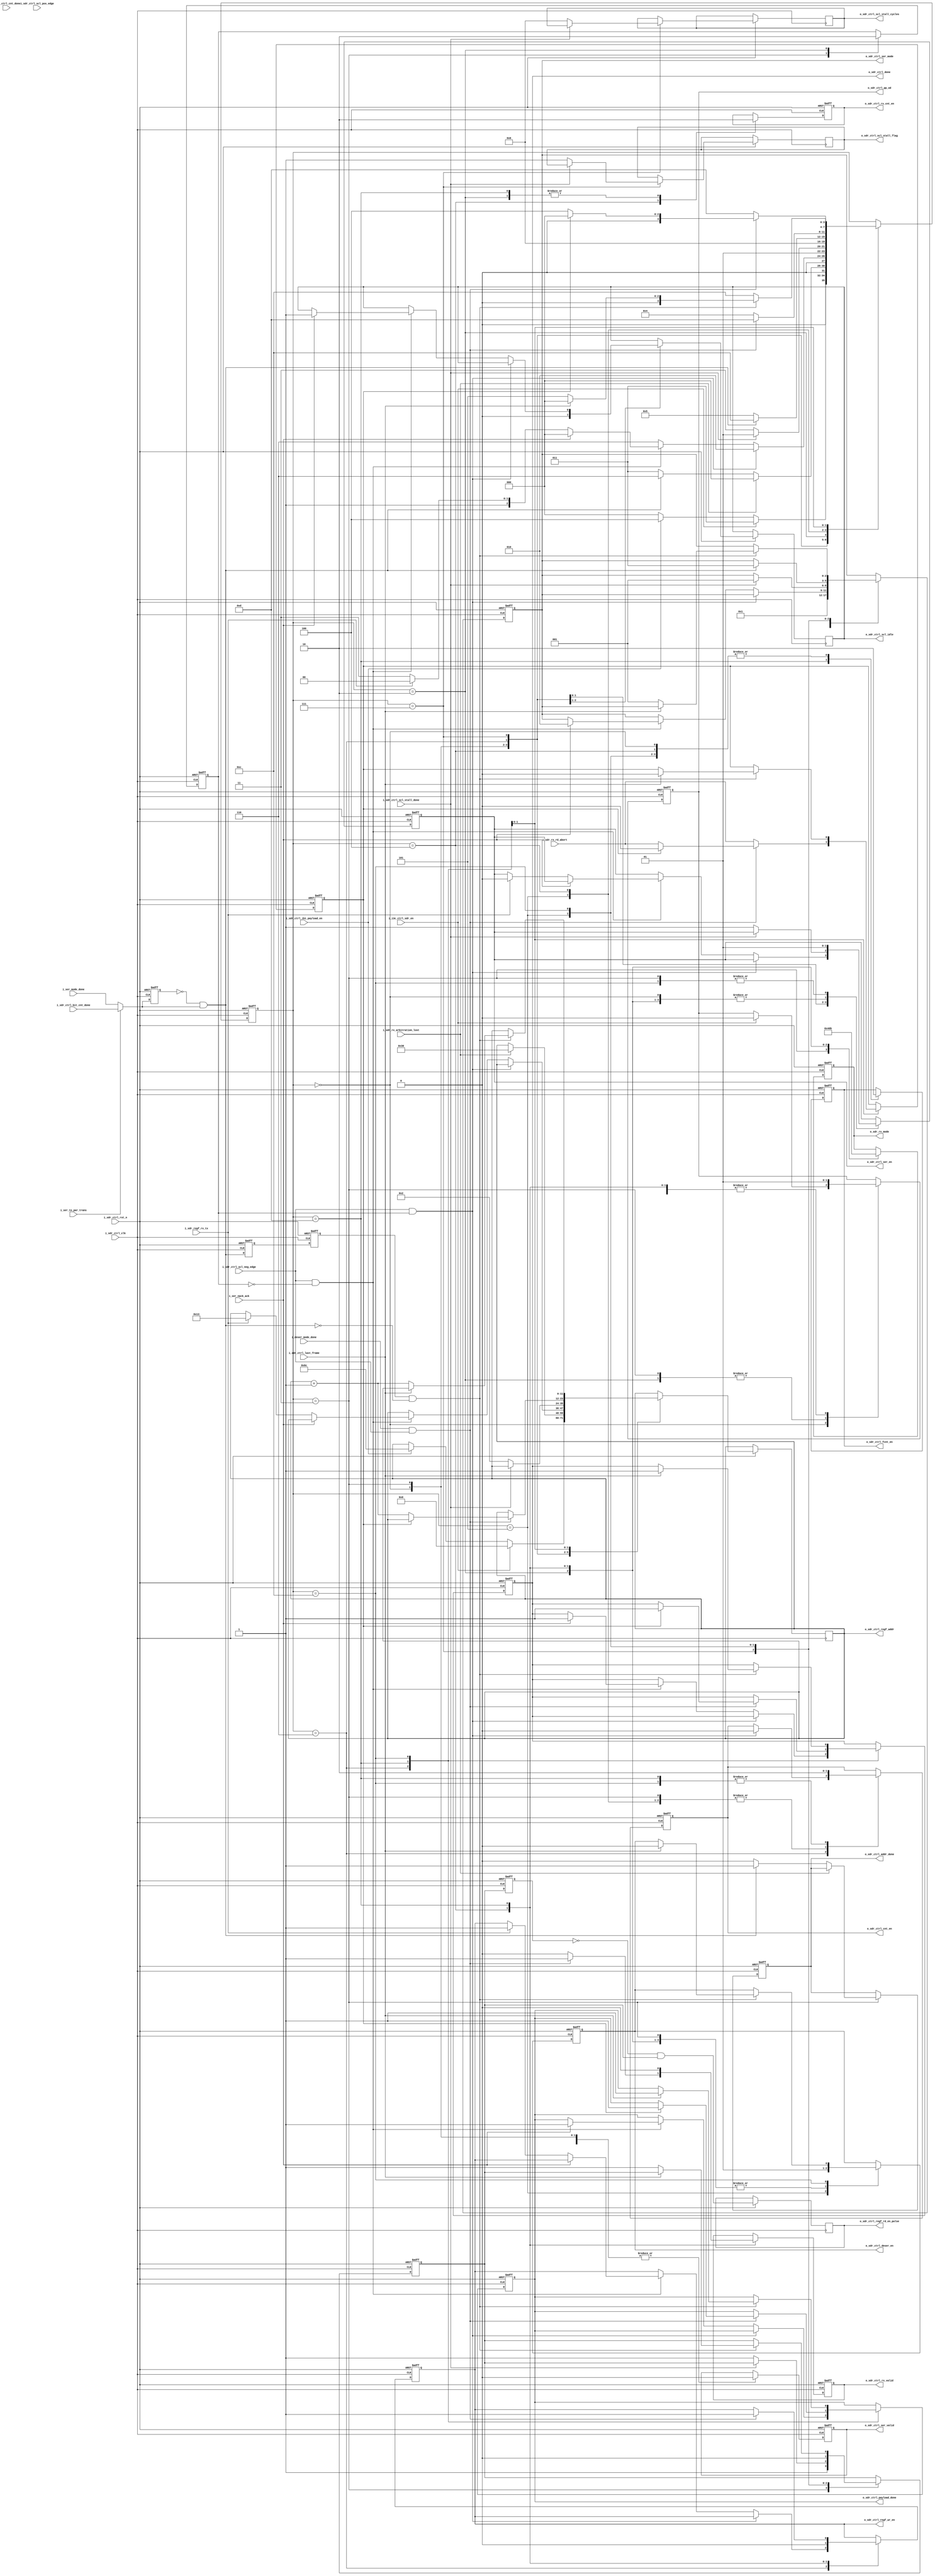
//////////////////////////////////////////////////////////////////////////////////
//==================================================================================
// MIXEL GP 2023 LIBRARY
// Copyright (c) 2023 Mixel, Inc.  All Rights Reserved.
// CONFIDENTIAL AND PROPRIETARY SOFTWARE/DATA OF MIXEL and ASU 2023 GP, INC.
//
// Revision: Yaseen Salah , Nour Eldeen Samir 
//
// Version : 1.0
// 
// Design Name:  sdr_controller
// Module Name:  sdr_controller 
//
//==================================================================================
//
//  STATEMENT OF USE
//
//  This information contains confidential and proprietary information of MIXEL.
//  No part of this information may be reproduced, transmitted, transcribed,
//  stored in a retrieval system, or translated into any human or computer
//  language, in any form or by any means, electronic, mechanical, magnetic,
//  optical, chemical, manual, or otherwise, without the prior written permission
//  of MIXEL.  This information was prepared for Garduation Project purpose and is for
//  use by MIXEL Engineers only.  MIXEL and ASU 2023 GP reserves the right 
//  to make changes in the information at any time and without notice.
//
//==================================================================================
//////////////////////////////////////////////////////////////////////////////////

`default_nettype none
module sdr_mode(
    input  wire          i_sdr_ctrl_clk                ,
    input  wire          i_sdr_ctrl_rst_n              ,
    input  wire          i_sdr_ctrl_cnt_done           , //need naming revisited 
    input  wire          i_i3c_ctrl_sdr_en             , //mod in top module
    input  wire          i_sdr_ctrl_last_frame         ,
    input  wire          i_ser_mode_done               , 
    input  wire          i_deser_mode_done             ,
    input  wire          i_sdr_regf_rx_tx              , //RnW bit from serializer, 1 = rx , 0 = tx 
    input  wire          i_ser_nack_ack                , // 1 = no acknoledge 0 = ACK 
    input  wire          i_sdr_rx_rd_abort             ,
    input  wire          i_ser_to_par_trans            , // 1 only at the serializing state of the tx, otherwise 0
    input  wire          i_sdr_ctrl_bit_cnt_done       , // bits count done , output from bits counter
    input  wire          i_sdr_ctrl_scl_neg_edge       ,
    input  wire          i_sdr_ctrl_scl_pos_edge       ,
    input  wire          i_sdr_ctrl_scl_stall_done     ,
    input  wire          i_sdr_ctrl_ibi_payload_en     ,
    
    
    input  wire          i_sdr_rx_arbitration_lost     ,
    output reg           o_sdr_ctrl_scl_stall_flag     ,
    output reg   [3:0]   o_sdr_ctrl_scl_stall_cycles   ,
    output reg           o_sdr_ctrl_scl_idle           ,
    output reg           o_sdr_ctrl_fcnt_en            ,
    output reg           o_sdr_ctrl_ser_en             ,
    output reg           o_sdr_ctrl_ser_valid          ,
    output reg   [2:0]   o_sdr_ctrl_ser_mode           ,
    output reg           o_sdr_ctrl_deser_en           ,
    output reg   [2:0]   o_sdr_rx_mode                 , // deser mode before
    output reg           o_sdr_ctrl_cnt_en             ,
    output reg           o_sdr_ctrl_rx_cnt_en          ,
    output reg           o_sdr_ctrl_pp_od              ,
    output reg           o_sdr_ctrl_addr_done          , 
    output reg           o_sdr_ctrl_done               ,
    output reg           o_sdr_ctrl_regf_wr_en         ,
    output reg           o_sdr_ctrl_regf_rd_en_pulse   ,
    output reg   [11:0]   o_sdr_ctrl_regf_addr          ,
    output reg           o_sdr_ctrl_payload_done       ,
    output reg           o_sdr_ctrl_rx_valid            // need to be parametrized using define   
    );
/////////////////////ADDRESS PARAMTERES///////////////////////
localparam IBI_PAYLOAD_BASE_ADDRESS = 108;

//- states encoding in gray ----------------------------------------------

localparam SDR_IDLE     = 4'b0000 ; 
localparam ADDRESS      = 4'b0011 ;
localparam ACK_BIT      = 4'b0010 ;
localparam HANDOFF      = 4'b0110 ;
localparam SCL_STALLING = 4'b0111 ;
localparam DATA_OUT     = 4'b0101 ;
localparam DATA_IN      = 4'b0100 ;
localparam PARITY_BIT   = 4'b1100 ;
localparam T_BIT        = 4'b1101 ;


//-- internal wires declaration ------------------------------------------

reg [3:0] state                  ;
reg       address_ack_state_flag ; //Used to go to handoff state where we handle special cases transitions like last bit in Address and from Address to Ack
reg       sdr_rx_rd_abort_extend ;

//Pulse Generator
reg  i_ser_mode_done_prev         ;
reg  i_deser_mode_done_prev       ;
wire i_ser_mode_done_pulse        ;
wire i_deser_mode_done_pulse      ;
wire i_deser_mode_done_pulse_tbit ;
wire ser_mode_done_mux_out        ;

assign ser_mode_done_mux_out = (i_ser_to_par_trans)? i_sdr_ctrl_bit_cnt_done : i_ser_mode_done ;

always@(posedge i_sdr_ctrl_clk or negedge i_sdr_ctrl_rst_n)
    begin
        if (!i_sdr_ctrl_rst_n) 
            begin
                i_ser_mode_done_prev   <= 1'b0 ;
                i_deser_mode_done_prev <= 1'b0 ;
            end
        else
            begin    
                i_ser_mode_done_prev   <= ser_mode_done_mux_out ;
                i_deser_mode_done_prev <= i_deser_mode_done     ;
            end
    end
assign i_ser_mode_done_pulse   = ~(i_ser_mode_done_prev)   & ser_mode_done_mux_out ; 
assign i_deser_mode_done_pulse = ~(i_deser_mode_done_prev) & i_deser_mode_done     ;  
  
  
//Pulse from the pulse Generator // need to remove i_
reg  i_ser_mode_done_prev3          ;
reg  i_deser_mode_done_prev3        ;

reg  i_ser_mode_done_prev2          ;
reg  i_deser_mode_done_prev2        ;

wire i_ser_mode_done_pulse_parity   ;

//needs reset.. // to be revised
always@(posedge i_sdr_ctrl_clk or negedge i_sdr_ctrl_rst_n)
    begin
        if (!i_sdr_ctrl_rst_n) 
            begin
                i_ser_mode_done_prev2   <= 1'b0;
                i_ser_mode_done_prev3   <= 1'b0;
                i_deser_mode_done_prev2 <= 1'b0;
                i_deser_mode_done_prev3 <= 1'b0;
            end
        else
            begin    
                i_ser_mode_done_prev2   <= i_ser_mode_done_pulse   ;
                i_deser_mode_done_prev2 <= i_deser_mode_done_pulse ;  

                i_ser_mode_done_prev3   <= i_ser_mode_done_prev2   ;
                i_deser_mode_done_prev3 <= i_deser_mode_done_prev2 ;
            end
    end
    
assign i_ser_mode_done_pulse_parity = i_ser_mode_done_prev3   & ~(i_ser_mode_done_pulse)   ;
assign i_deser_mode_done_pulse_tbit = i_deser_mode_done_prev3 & ~(i_deser_mode_done_pulse) ;
  
// Pulse for RegFile Read Enable in order to read only 1 frame at a time  // need to remove o_
reg o_sdr_ctrl_regf_rd_en;
reg o_sdr_ctrl_regf_rd_en_prev;
  
always@(posedge i_sdr_ctrl_clk or negedge i_sdr_ctrl_rst_n )
    begin
    if (!i_sdr_ctrl_rst_n) 
      o_sdr_ctrl_regf_rd_en_prev  <= 1'b0;
    else begin   
      o_sdr_ctrl_regf_rd_en_prev  <=   o_sdr_ctrl_regf_rd_en                               ;  
      o_sdr_ctrl_regf_rd_en_pulse <= ~(o_sdr_ctrl_regf_rd_en_prev) & o_sdr_ctrl_regf_rd_en ;
    end
  end 
  

//-- sdr mode main fsm ---------------------------------------------------

always @(posedge i_sdr_ctrl_clk or negedge i_sdr_ctrl_rst_n) 
  begin: sdr_mode_main_fsm
    
    if (!i_sdr_ctrl_rst_n) 
      begin
      //-- state  
        state                        <= SDR_IDLE  ; 
      //-- outputs   
        o_sdr_ctrl_fcnt_en           <= 1'b0      ;
        o_sdr_ctrl_ser_en            <= 1'b0      ;
        o_sdr_ctrl_ser_valid         <= 1'b0      ;
        o_sdr_ctrl_ser_mode          <= 2'b0      ;
        o_sdr_ctrl_deser_en          <= 1'b0      ;
        o_sdr_ctrl_cnt_en            <= 1'b0      ;
        o_sdr_ctrl_pp_od             <= 1'b0      ;
        o_sdr_ctrl_done              <= 1'b0      ;
        o_sdr_rx_mode                <= 2'b0      ;
        o_sdr_ctrl_addr_done         <= 1'b0      ;
        o_sdr_ctrl_regf_rd_en        <= 1'b0      ;
        o_sdr_ctrl_regf_wr_en        <= 1'b0      ;  // write enable output to reg file 
        address_ack_state_flag       <= 1'b0      ;
        o_sdr_ctrl_rx_cnt_en         <= 1'b0      ;
        //o_sdr_ctrl_regf_addr         <= 6'b000000 ; we dont want it to drive the reg file when it is in the idle state and we arent using it 
        o_sdr_ctrl_rx_valid          <= 1'b0      ;
        sdr_rx_rd_abort_extend       <= 1'b0      ;
        o_sdr_ctrl_payload_done      <= 1'b0      ;
        //o_sdr_ctrl_scl_idle          <= 1'b0      ;  we dont need to close scl from here but from the main ctrl unit
      end

    else 
      begin
        case (state) 
          SDR_IDLE:      
            begin 
              o_sdr_ctrl_fcnt_en           <= 1'b0 ;
              o_sdr_ctrl_ser_en            <= 1'b0 ;
              o_sdr_ctrl_ser_valid         <= 1'b0 ;
              o_sdr_ctrl_ser_mode          <= 2'b0 ;
              //o_sdr_ctrl_deser_en          <= 1'b0 ;  we need ser to be on arbitration
              //o_sdr_ctrl_cnt_en            <= 1'b0 ;
              //o_sdr_ctrl_pp_od             <= 1'b0 ;
              //o_sdr_ctrl_done              <= 1'b0 ;
              //o_sdr_rx_mode                <= 1'b0 ;
              //o_sdr_ctrl_rx_valid          <= 1'b0 ;
              //sdr_rx_rd_abort_extend       <= 1'b0 ;
              //o_sdr_ctrl_scl_idle          <= 1'b1 ;

              if (i_i3c_ctrl_sdr_en)
                begin 
                  state <= ADDRESS ;
                   o_sdr_ctrl_regf_addr         <=  12'b000000   ; 
                   o_sdr_ctrl_pp_od       <= 1'b0   ; 

                end 
              else if (i_sdr_ctrl_ibi_payload_en)
                begin 
                  state <= DATA_IN  ;
                  o_sdr_ctrl_regf_addr  <= IBI_PAYLOAD_BASE_ADDRESS ; // index 108
                end       
              else 
                begin 
                  state <= SDR_IDLE  ;
                end                   
            end 

          ADDRESS:      
            begin 
              o_sdr_ctrl_pp_od       <= 1'b0   ; //Address is driven by OD (not optimized)
              o_sdr_ctrl_ser_mode    <= 2'b01  ; //SERIALIZING mode at Tx             
              o_sdr_ctrl_ser_en      <= 1'b1   ; //Tx Enable 
              o_sdr_ctrl_ser_valid   <= 1'b0   ; //No Data Valid to prevent overwriting the data being serialized
              o_sdr_ctrl_cnt_en      <= 1'b1   ; //Bit Counter Enable
              o_sdr_ctrl_regf_rd_en  <= 1'b1   ;
              address_ack_state_flag <= 1'b1   ;
              o_sdr_ctrl_scl_idle    <= 1'b0   ;

              /// for arbitration //
              o_sdr_ctrl_deser_en <= 1'b1  ; 
              o_sdr_rx_mode       <= 2'b10 ;      ///// arbitration 


              if (i_sdr_rx_arbitration_lost)
                begin 
                  state                <= SDR_IDLE;
                  o_sdr_ctrl_regf_addr <= 12'd48;
                end
              else if (i_ser_mode_done_pulse)
                begin 
                   o_sdr_ctrl_addr_done <= 1'b1    ;
                   state                <= HANDOFF ;                 
                end 
              else 
                begin
                   o_sdr_ctrl_addr_done <= 1'b0    ; 
                   state                <= ADDRESS ;
                end 
            end 
            
          HANDOFF:   
            begin
            if (i_sdr_ctrl_scl_neg_edge && address_ack_state_flag)
                begin
                    o_sdr_ctrl_cnt_en <= 1'b0  ; //Bit Counter Disable
                    state <= ACK_BIT  ;
                end                
            else if  (i_sdr_ctrl_scl_neg_edge && !address_ack_state_flag)  
                begin    
                    if (i_ser_nack_ack) 
                        begin
                            state <= SDR_IDLE;              //STOP after NACK
                            o_sdr_ctrl_scl_idle  <= 1'b1 ;
                            o_sdr_ctrl_ser_mode <=  2'b10 ; //STOP mode 
                             o_sdr_ctrl_done <= 1'b1;
                             o_sdr_ctrl_payload_done <= 1'b1;
                        end    
                    else
                        begin
                            if (i_sdr_regf_rx_tx)
                                begin
                                    state                 <= DATA_IN ;          //Receiving Data at Rx
                                    o_sdr_ctrl_regf_wr_en <= 1'b1      ; // enable reg file to write 
                                    o_sdr_ctrl_regf_addr  <= 12'b010011 ; // 1st frame to be written in RegFile at index 19 
                                    o_sdr_ctrl_ser_en            <= 1'b0  ;
                                end
                            else 
                                begin
                                    state <= SCL_STALLING ;     //Transmitting Data at Tx 
                                end
                        end
                end     
            else 
                begin 
                   state <= HANDOFF  ;
                end              
            end
        
          SCL_STALLING:   
                  begin
                    if (i_sdr_ctrl_scl_stall_done)  
                        begin
                          state <= DATA_OUT;
                          o_sdr_ctrl_ser_mode   <= 2'b01 ;   //SERIALIZING mode at Tx
                        end                                         
                    else
                      begin  
                        o_sdr_ctrl_scl_stall_flag   <= 1'b1      ;  
                        o_sdr_ctrl_scl_stall_cycles <= 4'd6      ;
                        o_sdr_ctrl_ser_en           <= 1'b1      ; //Tx Enable
                        o_sdr_ctrl_regf_rd_en       <= 1'b1      ;
                        o_sdr_ctrl_regf_addr        <= 12'b000010 ; // 1st frame of data in RegFile at index 2.
                        state <= SCL_STALLING; //----------added recently
                      end                      
                  end
        
          ACK_BIT:      
            begin             
              o_sdr_ctrl_pp_od       <= 1'b0  ; //ACK bit is driven by OD
              o_sdr_rx_mode          <= 2'b00 ; //ACK mode at Rx
              o_sdr_ctrl_ser_en      <= 1'b0  ; //Tx Disable 
              //o_sdr_ctrl_cnt_en      <= 1'b0  ; //Bit Counter Disable
              o_sdr_ctrl_rx_cnt_en   <= 1'b0  ; 
              o_sdr_ctrl_deser_en    <= 1'b1  ; //Rx Enable 
              address_ack_state_flag <= 1'b0  ; 
             /* if (i_sdr_regf_rx_tx)               
                  begin // 1 >> rx
                      state <= DATA_IN;                    //Recieving Data at Rx
                      
                  end     
              else
                  begin*/
                      state <= HANDOFF ; //Transmitting Data at Tx                       
                  //end     
            end

          DATA_OUT:      
            begin    
              o_sdr_ctrl_pp_od      <= 1'b1 ; //DATA is driven by PP     //we need to check the handoff
              o_sdr_ctrl_fcnt_en    <= 1'b0 ; //Frame Counter Enable
              o_sdr_ctrl_deser_en   <= 1'b0 ; //Rx Disable             
              o_sdr_ctrl_ser_valid  <= 1'b0 ; //No Data Valid to prevent overwriting the data being serialized  
              o_sdr_ctrl_cnt_en     <= 1'b1 ; //Bit Counter Enable
              o_sdr_ctrl_regf_rd_en <= 1'b0 ;
              
              if (i_ser_mode_done_pulse) 
               begin
                 state <= PARITY_BIT;
                 o_sdr_ctrl_ser_mode <= 2'b11 ; //PARITY mode at Tx                  
               end  
             else
               begin
                 state <= DATA_OUT; 
               end                
           
            end 

          DATA_IN:      
            begin
              o_sdr_rx_mode                <= 2'b01 ;
              o_sdr_ctrl_fcnt_en           <= 1'b0  ;
              o_sdr_ctrl_ser_en            <= 1'b0  ;
              o_sdr_ctrl_deser_en          <= 1'b1  ;
              o_sdr_ctrl_pp_od             <= 1'b1  ;
              o_sdr_ctrl_cnt_en            <= 1'b1  ; //Bit Counter Enable
              o_sdr_ctrl_rx_cnt_en         <= 1'b1  ; // rx counter enable 
              o_sdr_ctrl_regf_wr_en        <= 1'b0  ;
              o_sdr_ctrl_rx_valid          <= 1'b0  ;    

              if (i_deser_mode_done && i_sdr_ctrl_scl_neg_edge)//(i_deser_mode_done_pulse && i_sdr_ctrl_scl_neg_edge)  //(i_deser_mode_done_prev3)  
                begin 
                    o_sdr_ctrl_rx_valid <= 1'b1 ;
                    state <= T_BIT;
                end 
              else 
                begin
                  state <= DATA_IN; 
                end 
            end

          T_BIT:      
            begin
              o_sdr_rx_mode                <= 2'b11 ;
              o_sdr_ctrl_fcnt_en           <= 1'b1  ;
              o_sdr_ctrl_ser_en            <= 1'b0  ;
              o_sdr_ctrl_ser_valid         <= 1'b0  ;
              o_sdr_ctrl_deser_en          <= 1'b1  ;
              o_sdr_ctrl_cnt_en            <= 1'b0  ;
              o_sdr_ctrl_rx_cnt_en         <= 1'b0  ;
              o_sdr_ctrl_pp_od             <= 1'b1  ;
              o_sdr_ctrl_rx_valid          <= 1'b0  ;
              sdr_rx_rd_abort_extend       <= i_sdr_rx_rd_abort ;
                            
              if (i_deser_mode_done && i_sdr_ctrl_scl_neg_edge)
                begin
                  if (sdr_rx_rd_abort_extend) 
                    begin 
                    state <= SDR_IDLE ;
                    o_sdr_ctrl_done      <= 1'b1;
                    o_sdr_ctrl_regf_wr_en <= 1'b1;
                    o_sdr_ctrl_ser_en      <=  1'b0 ; 
                    o_sdr_ctrl_pp_od       <= 1'b1 ;
                    sdr_rx_rd_abort_extend <= 1'b0 ;
                    o_sdr_ctrl_payload_done <= 1'b1;
                    end 
                  else 
                    begin 
                      state <= DATA_IN;
                      o_sdr_ctrl_regf_wr_en <= 1'b1;
                      o_sdr_ctrl_regf_addr  <= o_sdr_ctrl_regf_addr + 1'b1 ;
                    end 
                end
              else 
                begin 
                  state <= T_BIT;
                end 

            end       

          PARITY_BIT:      
            begin
              o_sdr_ctrl_pp_od        <= 1'b1  ; //DATA is driven by PP     //we need to check the handoff       
              o_sdr_ctrl_fcnt_en      <= 1'b0  ; //Frame Counter Disable
              o_sdr_ctrl_ser_en       <= 1'b1  ; //Tx Enable
              o_sdr_ctrl_cnt_en       <= 1'b0  ; //Bit Counter Disable
              
              
              if (i_ser_mode_done_pulse_parity) //(i_ser_mode_done && i_sdr_ctrl_scl_pos_edge ) Edit by Zyad
               begin
                 if(i_sdr_ctrl_last_frame) 
                   begin
                     state <= SDR_IDLE;   //End Write Data Operation
                     o_sdr_ctrl_deser_en          <= 1'b0     ;
                     o_sdr_ctrl_ser_en            <=  1'b1  ; //Tx Enable
                     o_sdr_ctrl_pp_od       <= 1'b1 ;
                     sdr_rx_rd_abort_extend <= 1'b0 ;
                     o_sdr_ctrl_payload_done <= 1'b1;
                     o_sdr_ctrl_done <= 1'b1;
                   end
                 else
                   begin
                     state <= DATA_OUT;   //Write another Frame                
                     o_sdr_ctrl_ser_mode   <= 2'b01; //SERIALIZING mode at Tx
                     o_sdr_ctrl_regf_rd_en   <= 1'b1  ; 
                     o_sdr_ctrl_regf_addr <= o_sdr_ctrl_regf_addr + 1'b1; //increment the address to Read the next data frame from RegFile
                   end
               end  
              else
               begin
                 state <= PARITY_BIT; 
               end                           
            end                                 
        endcase
      end
  end 


endmodule

`default_nettype wire